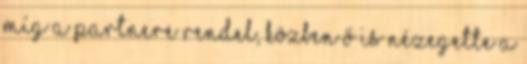
míg a partnere rendel, közben ő is nézegette a